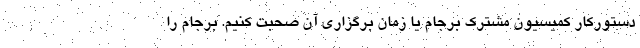
دستورکار کمیسیون مشترک برجام یا زمان برگزاری آن صحبت کنیم. برجام را